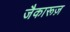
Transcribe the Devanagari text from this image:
जैकारूज़